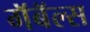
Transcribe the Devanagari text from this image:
गॅबॅल्स